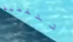
للقضية